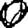
Digit: 0